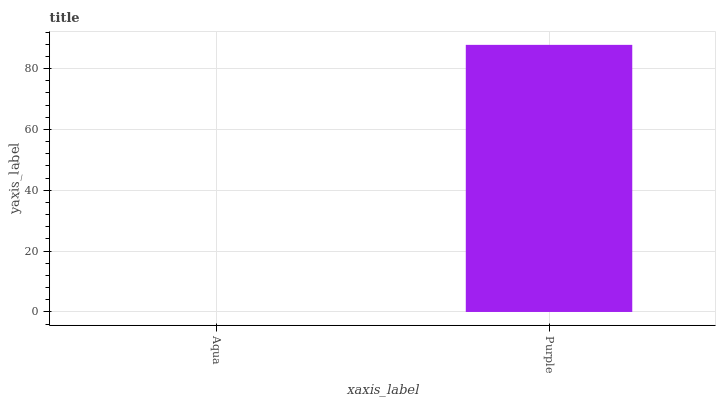
| xaxis_label | bars |
 | --- | --- |
 | Aqua | 0 |
 | Purple | 87.8 |